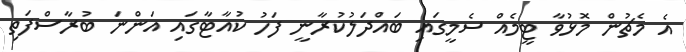
އެ މެޗުން މޮޅުވާ ޓީމެއް ސެމީގައި ބައްދަލުކުރާނީ ފަހު ކުއާޓާގައި އަންނަ ބުރާސްފަތި